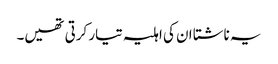
یہ ناشتا ان کی اہلیہ تیار کرتی تھیں۔